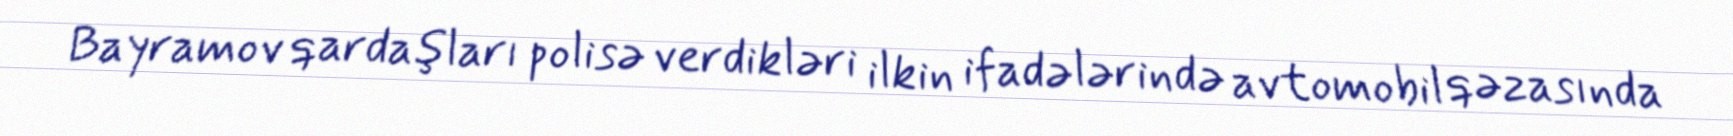
Bayramov qardaşları polisə verdikləri ilkin ifadələrində avtomobil qəzasında